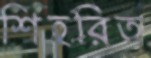
শিহরিত